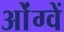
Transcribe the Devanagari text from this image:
ओंग्वें